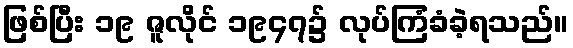
ဖြစ်ပြီး ၁၉ ဇူလိုင် ၁၉၄၇၌ လုပ်ကြံခံခဲ့ရသည်။